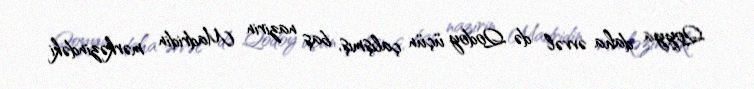
Qoyya daha əvvəl də Qodoy üçün çalışmış, baş nazirin Madridin mərkəzindəki